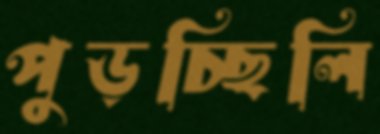
পুড়চ্ছিলি